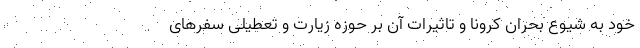
خود به شیوع بحران کرونا و تاثیرات آن بر حوزه زیارت و تعطیلی سفرهای